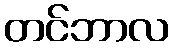
တင်ဘာလ